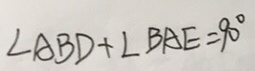
\angle A B D + \angle B A E = 9 0 ^ { \circ }